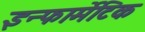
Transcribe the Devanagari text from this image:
इन्फार्मेटिक